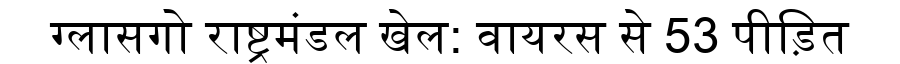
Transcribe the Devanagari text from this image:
ग्लासगो राष्ट्रमंडल खेल: वायरस से 53 पीड़ित